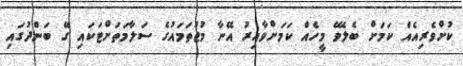
ކުށްވެރިއެއް ކަމަށް ބެލެވޭ މީހެއް ކަމަށްވާއިރު އޭނާ މުޖުތަމައުގެ ސަލާމަތަށްޓަކައި ގޭ ބަންދުގައި